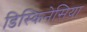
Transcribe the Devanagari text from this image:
डिस्किनेसिया